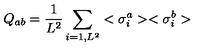
Q _ { a b } = { \frac { 1 } { L ^ { 2 } } } \sum _ { i = 1 , L ^ { 2 } } < \sigma _ { i } ^ { a } > < \sigma _ { i } ^ { b } >